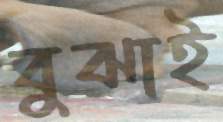
বুঝাই